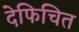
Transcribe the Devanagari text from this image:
देफिचित